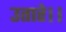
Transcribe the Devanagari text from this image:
उतारे।।